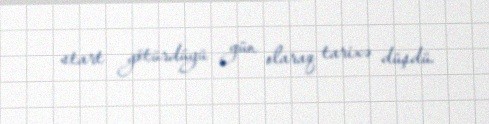
start götürdüyü gün olaraq tarixə düşdü.